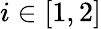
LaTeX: i\in[1,2]